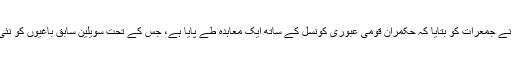
سابق کمانڈر عبد الکریم بالحاج نے جمعرات کو بتایا کہ حکمران قومی عبوری کونسل کے ساتھ ایک معاہدہ طے پایا ہے، جس کے تحت سویلین سابق باغیوں کو نئی کابینہ میں جگہ دی جائے گی۔